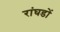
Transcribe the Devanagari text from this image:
रांघडों